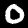
Label: 0